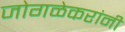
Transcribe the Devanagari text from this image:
जोगळेकरांनी